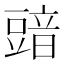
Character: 䜾